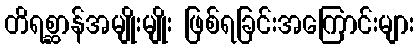
တိရစ္ဆာန်အမျိုးမျိုး ဖြစ်ရခြင်းအကြောင်းများ